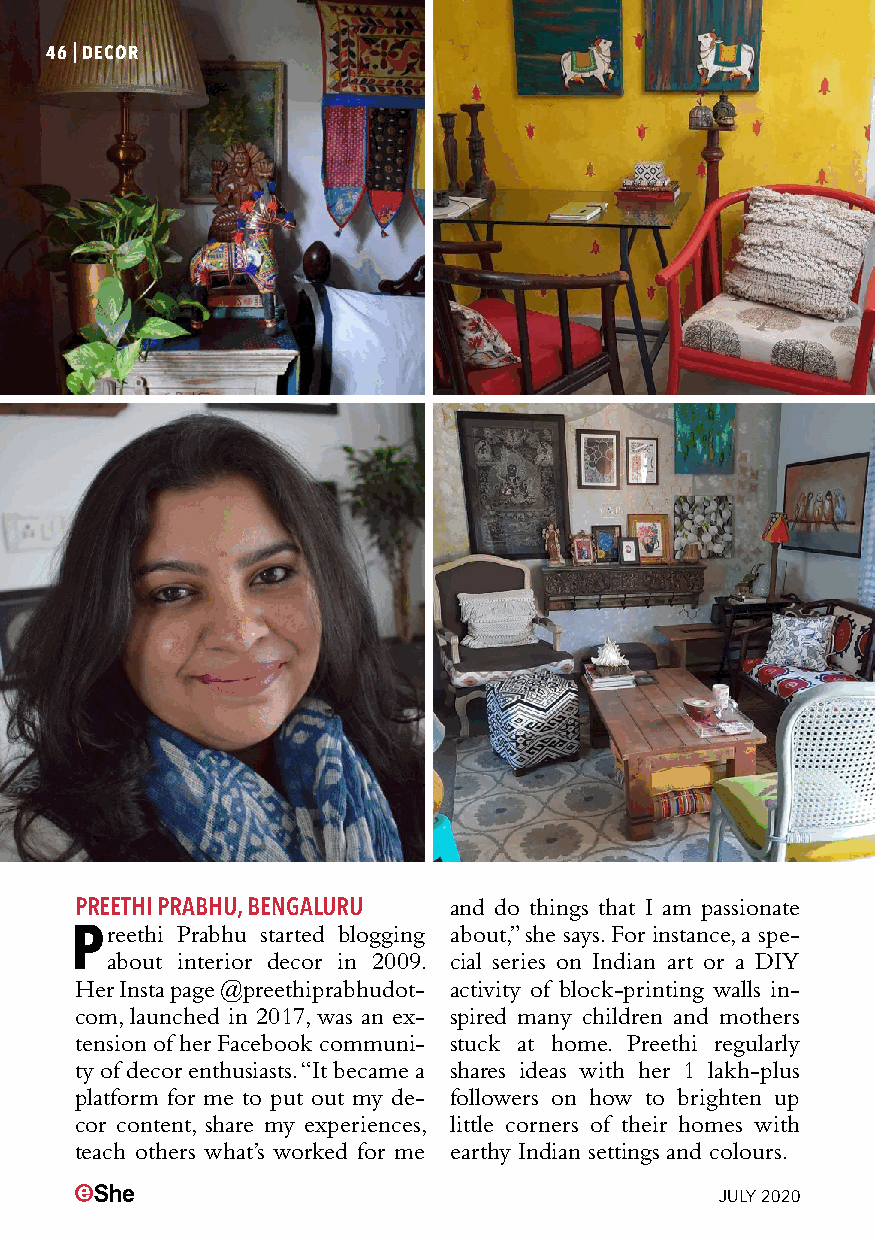
46|DECOR
 PREETHI PRABHU, BENGALURU and do things that I am passionate
 Preethi Prabhu started blogging about,” she says. For instance, a spe-
 about interior decor in 2009. cial series on Indian art or a DIY
 Her Insta page @preethiprabhudot- activity of block-printing walls in-
 com, launched in 2017, was an ex- spired many children and mothers
 tension of her Facebook communi- stuck at home. Preethi regularly
 ty of decor enthusiasts. “It became a shares ideas with her 1 lakh-plus
 platform for me to put out my de- followers on how to brighten up
 cor content, share my experiences, little corners of their homes with
 teach others what’s worked for me earthy Indian settings and colours.
 JULY 2020